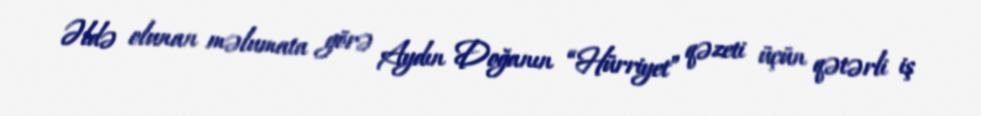
Əldə olunan məlumata görə Aydın Doğanın “Hürriyet” qəzeti üçün qətərli iş